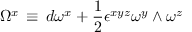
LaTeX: \Omega ^ { x } \, \equiv \, d \omega ^ { x } + { \frac { 1 } { 2 } } \epsilon ^ { x y z } \omega ^ { y } \wedge \omega ^ { z }